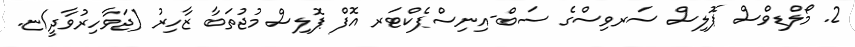
2. މޯލްޑިވްސް ޕޮލިސް ސަރވިސްގެ ސަބް-އިނިސްޕެކްޓަރ އޮފް ޕޮލިސް މުޖުތަބާ ޒާހިރު (ޖަވާހިރުވާދީ/ޏ.